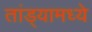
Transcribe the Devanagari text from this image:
तांड्यामध्ये